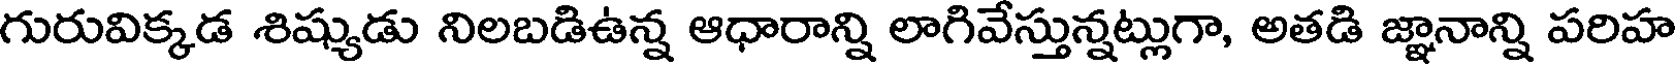
గురువిక్కడ శిష్యుడు నిలబడిఉన్న ఆధారాన్ని లాగివేస్తున్నట్లుగా, అతడి జ్ఞానాన్ని పరిహ